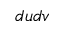
d u d v